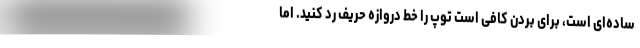
ساده‌ای است، برای بردن کافی است توپ را خط دروازه حریف رد کنید. اما